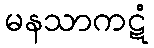
မနသာကဋံ